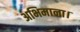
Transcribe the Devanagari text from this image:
अभिमाना।